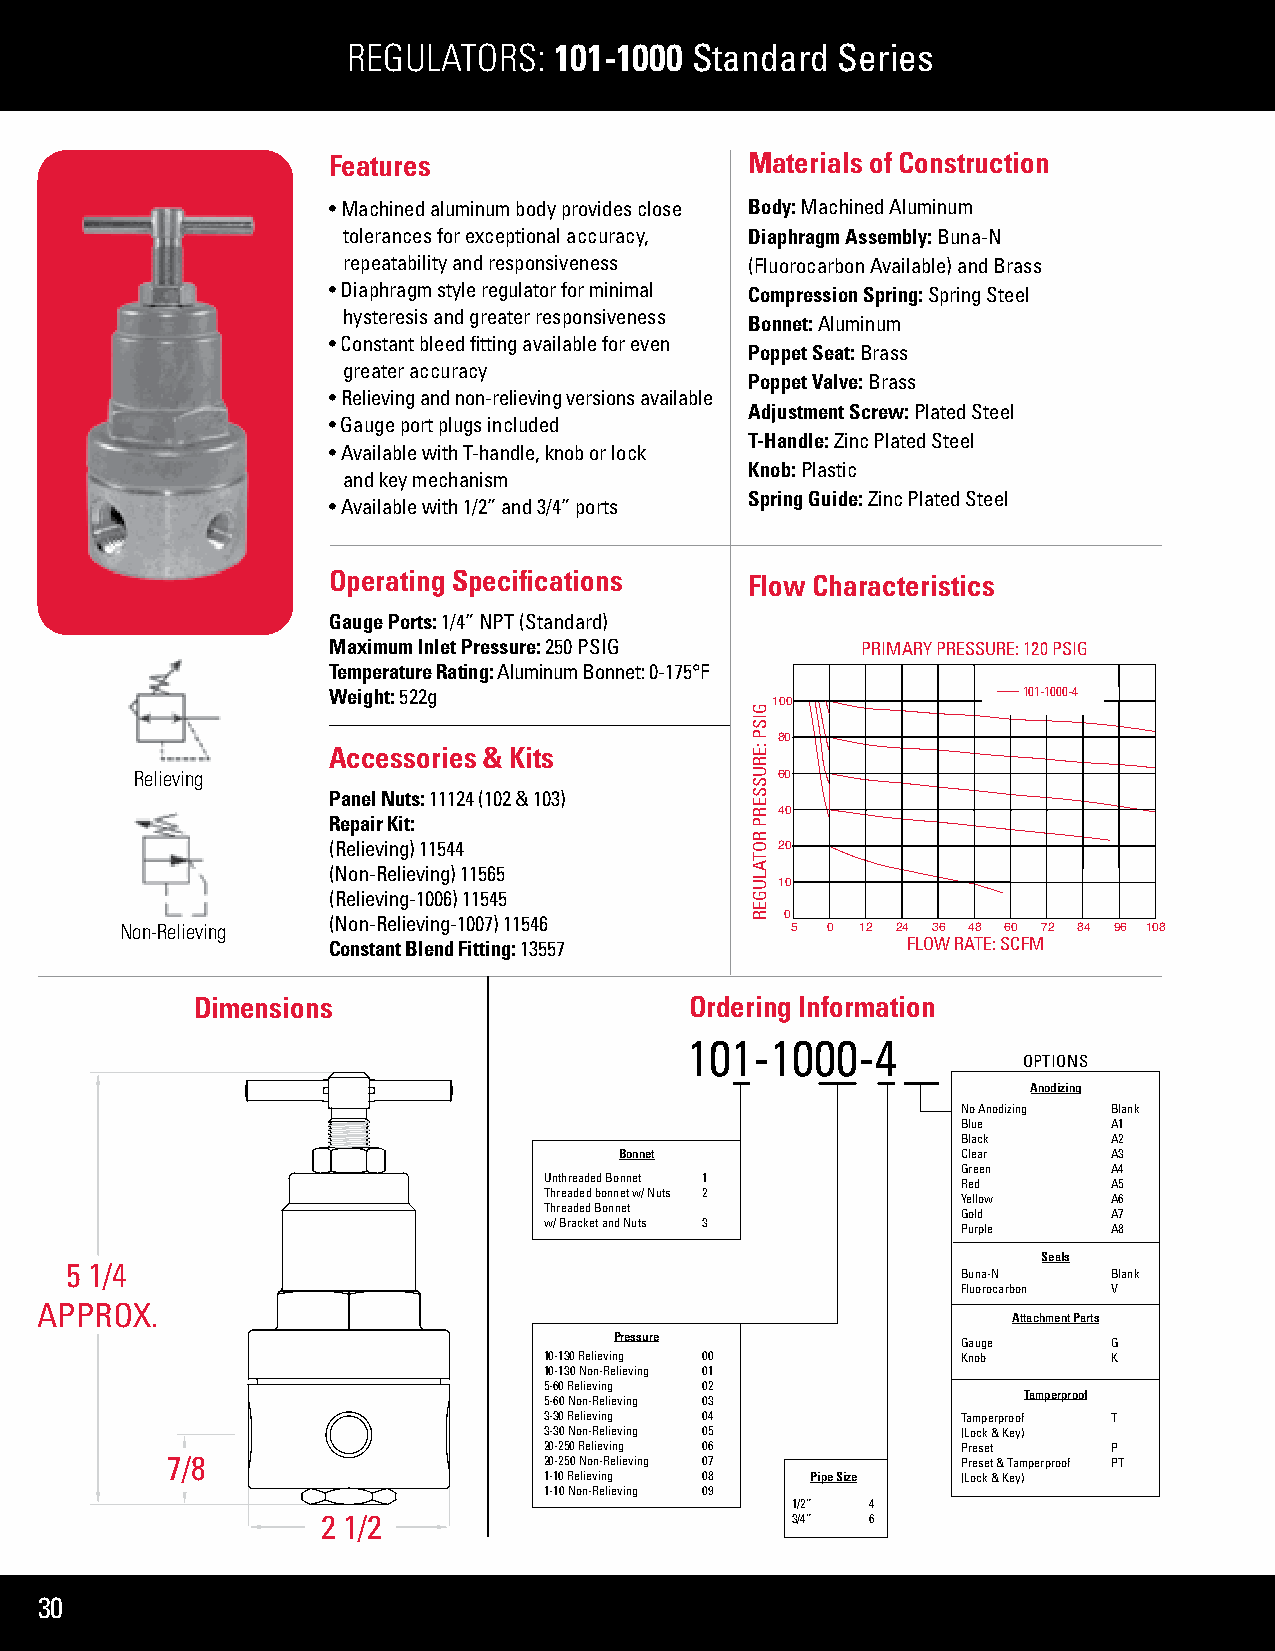
REGULATORS:   101-1000 Standard Series
 Features                    Materials of Construction
 • Machined aluminum body provides close Body: Machined Aluminum
 tolerances for exceptional accuracy, Diaphragm Assembly: Buna-N
 repeatability and responsiveness (Fluorocarbon Available) and Brass
 • Diaphragm style regulator for minimal Compression Spring: Spring Steel
 hysteresis and greater responsiveness
 Bonnet: Aluminum
 • Constant bleed fitting available for even
 Poppet Seat: Brass
 greater accuracy
 Poppet Valve: Brass
 • Relieving and non-relieving versions available
 Adjustment Screw: Plated Steel
 • Gauge port plugs included
 T-Handle: Zinc Plated Steel
 • Available with T-handle, knob or lock
 Knob: Plastic
 and key mechanism
 Spring Guide: Zinc Plated Steel
 • Available with 1/2” and 3/4” ports
 Operating Specifications    Flow Characteristics
 Gauge Ports: 1/4” NPT (Standard)
 Maximum Inlet Pressure: 250 PSIG   PRIMARY PRESSURE: 120 PSIG
 Temperature Rating: Aluminum Bonnet: 0-175°F
 Weight: 522g                                  101-1000-4
 100
 80
 Accessories & Kits
 Relieving                                 60
 Panel Nuts: 11124 (102 & 103)
 40
 Repair Kit:
 (Relieving) 11544             20
 (Non-Relieving) 11565
 10
 (Relieving-1006) 11545
 (Non-Relieving-1007) 11546    0
 Non-Relieving                               5  0 12 24 36 48 60 72 84 96 108
 Constant Blend Fitting: 13557         FLOW RATE: SCFM
 Dimensions                       Ordering Information
 101-1000-4
 OPTIONS
 Anodizing
 No Anodizing Blank
 Blue      A1
 Black     A2
 Bonnet                 Clear     A3
 Green     A4
 Unthreaded Bonnet 1
 Red       A5
 Threaded bonnet w/ Nuts 2
 Yellow    A6
 Threaded Bonnet
 Gold      A7
 w/ Bracket and Nuts 3
 Purple    A8
 Seals
 5 1/4
 Buna-N    Blank
 Fluorocarbon V
 APPROX.
 Attachment Parts
 Pressure               Gauge     G
 10-130 Relieving 00         Knob      K
 10-130 Non-Relieving 01
 5-60 Relieving 02
 Tamperproof
 5-60 Non-Relieving 03
 3-30 Relieving 04           Tamperproof T
 3-30 Non-Relieving 05       (Lock & Key)
 20-250 Relieving 06         Preset    P
 7/8                      20-250 Non-Relieving 07     Preset & Tamperproof PT
 1-10 Relieving 08 Pipe Size (Lock & Key)
 1-10 Non-Relieving 09
 1/2”  4
 2 1/2                          3/4”  6
 30
 GISP
 :ERUSSERP
 ROTALUGER